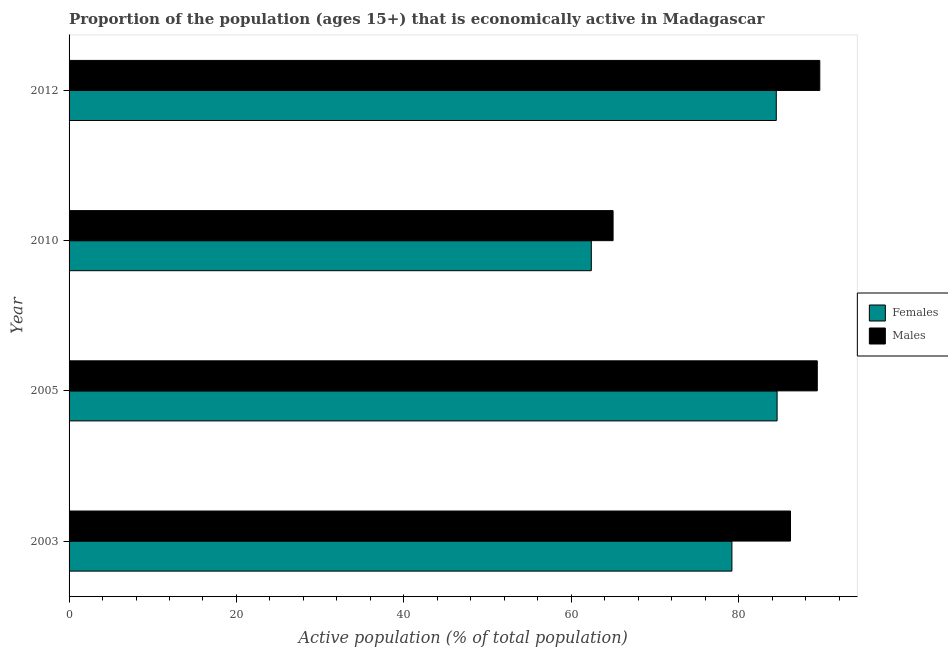
| Year | Females | Males |
 | --- | --- | --- |
 | 2003 | 79.2 | 86.2 |
 | 2005 | 84.6 | 89.4 |
 | 2010 | 62.4 | 65 |
 | 2012 | 84.5 | 89.7 |